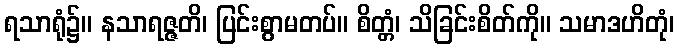
ရသာရုံ၌။ နသာရဇ္ဇတိ၊ ပြင်းစွာမတပ်။ စိတ္တံ၊ သိခြင်းစိတ်ကို။ သမာဒဟိတုံ၊